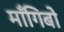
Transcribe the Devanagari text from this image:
माँगिबो